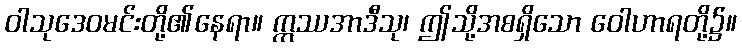
ဝါသုဒေဝမင်းတို့၏နေရာ။ ဣဿအာဒီသု၊ ဤသို့အစရှိသော ဝေါဟာရတို့၌။